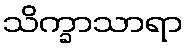
သိက္ခာသာရာ